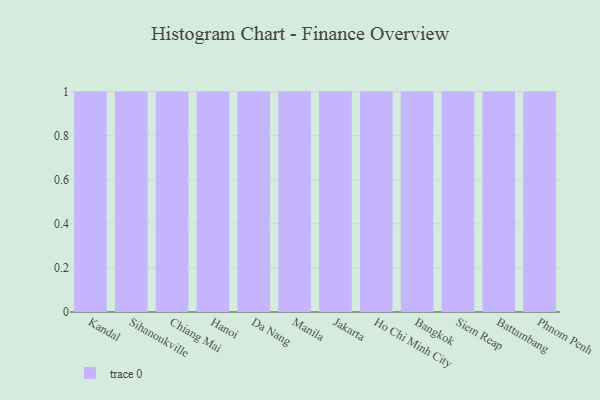
{"axis": {"x": "City", "y": "Market Share (%)"}, "legend": [""], "data": [{"x": "Kandal", "y": 59, "type": ""}, {"x": "Sihanoukville", "y": 13, "type": ""}, {"x": "Chiang Mai", "y": 89, "type": ""}, {"x": "Hanoi", "y": 38, "type": ""}, {"x": "Da Nang", "y": 61, "type": ""}, {"x": "Manila", "y": 50, "type": ""}, {"x": "Jakarta", "y": 57, "type": ""}, {"x": "Ho Chi Minh City", "y": 37, "type": ""}, {"x": "Bangkok", "y": 47, "type": ""}, {"x": "Siem Reap", "y": 86, "type": ""}, {"x": "Battambang", "y": 37, "type": ""}, {"x": "Phnom Penh", "y": 59, "type": ""}]}